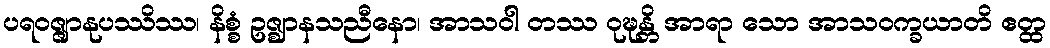
ပရဝဇ္ဇျာနုပဿိဿ၊ နိစ္စံ ဥဇ္ဈာနသညီနော၊ အာသဝါ တဿ ဝုဍ္ဎန္တိ အာရာ သော အာသဝက္ခယာတိ ဧတ္ထ